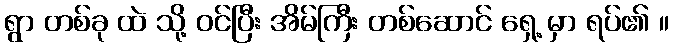
ရွာ တစ်ခု ထဲ သို့ ဝင်ပြီး အိမ်ကြီး တစ်ဆောင် ရှေ့ မှာ ရပ်၏ ။